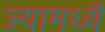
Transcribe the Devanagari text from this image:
ज्यामध्यॆ